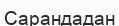
Сарандадан